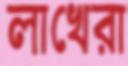
লাখেরা